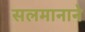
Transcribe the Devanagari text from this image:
सलमानाने